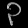
Digit: ၃